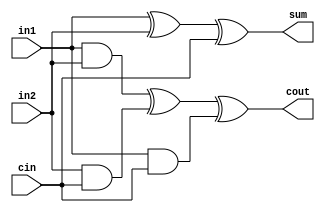
module full_adder(
input in1 ,
input in2 ,
input cin ,
output sum ,
output cout
);

assign sum = in1 ^ in2 ^ cin ;
assign cout = (in1 & in2) ^ (in2 & cin) ^ (in1 & cin) ;

endmodule